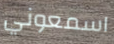
اسمعوني